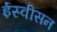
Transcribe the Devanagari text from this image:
ईस्वीसन